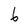
Character: 6